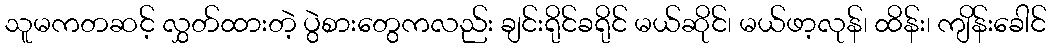
သူမကတဆင့် လွှတ်ထားတဲ့ ပွဲစားတွေကလည်း ချင်းရိုင်ခရိုင် မယ်ဆိုင်၊ မယ်ဖာ့လုန်၊ ထိန်း၊ ကျိန်းခေါင်